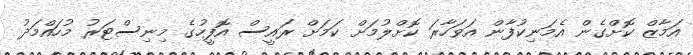
އަމާޒް ކޮށްގެން އެމަނިކުފާން އަވަހާރަ ކޮށްލުމަށް ކަމަށް ރައީސް އޮފީހުގެ މިނިސްޓަރު މުހައްމަދު